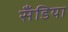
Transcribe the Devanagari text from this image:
सँडिया